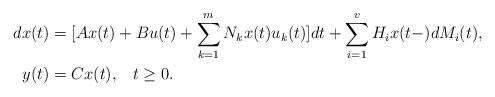
LaTeX: \begin{align*}d x(t)&=[A x(t)+ Bu(t) + \sum_{k=1}^m N_k x(t) u_k(t)]dt+ \sum_{i=1}^v H_i x(t-) dM_i(t),\\ y(t)&= {C} x(t),\;\;\;t\geq 0.\end{align*}